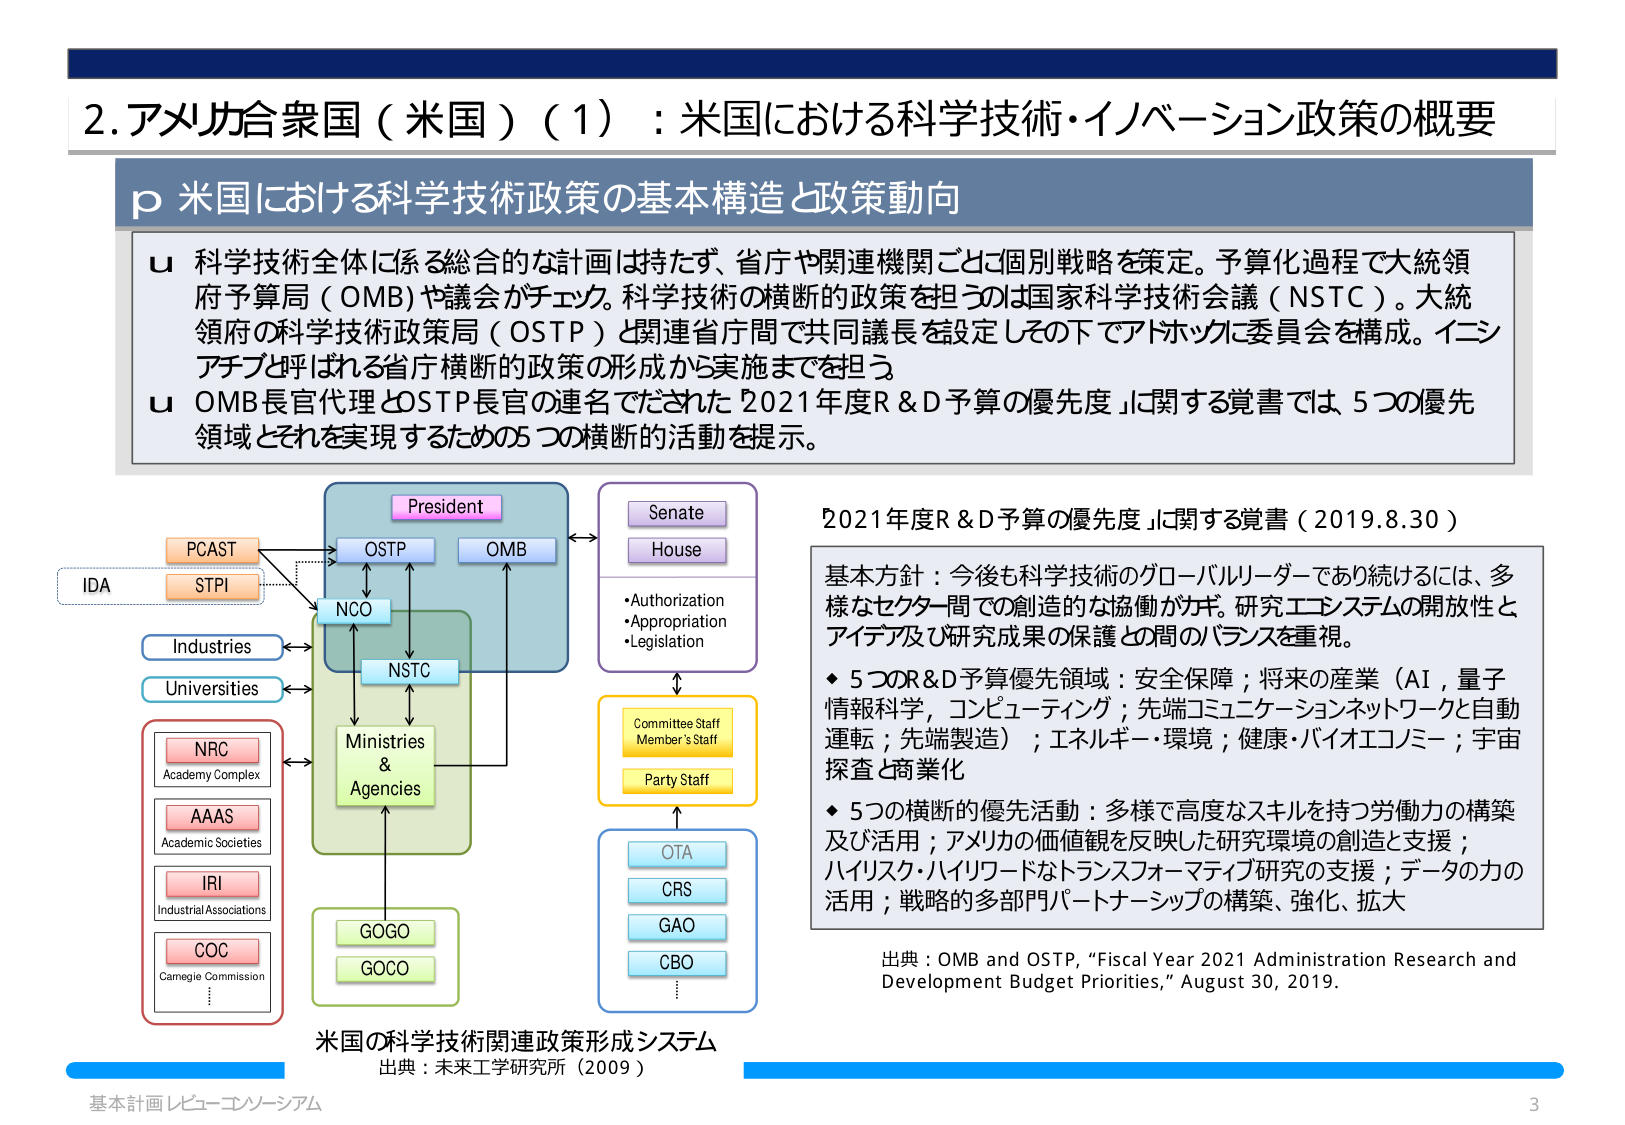
2. アメリカ合衆国（米国）（1）：米国における科学技術・イノベーション政策の概要

p 米国における科学技術政策の基本構造と政策動向

u 科学技術全体に係る総合的な計画は持たず、省庁や関連機関ごとに個別戦略を策定。予算化過程で大統領府予算局（OMB）や議会がチェック。科学技術の横断的政策を担うのは国家科学技術会議（NSTC）。大統領府の科学技術政策局（OSTP）と関連省庁間で共同議長を設定しその下でアドホックに委員会を構成。イニシアチブと呼ばれる省庁横断的政策の形成から実施までを担う。

u OMB長官代理とOSTP長官の連名でだされた「2021年度R＆D予算の優先度」に関する覚書では、5つの優先領域とそれを実現するための5つの横断的活動を提示。

President
OSTP
OMB
NCO
NSTC
Ministries & Agencies
GOGO
GOCO
PCAST
STPI
IDA
Industries
Universities
NRC
Academy Complex
AAAS
Academic Societies
IRI
Industrial Associations
COC
Carnegie Commission
Senate
House
•Authorization
•Appropriation
•Legislation
Committee Staff
Member’s Staff
Party Staff
OTA
CRS
GAO
CBO

米国の科学技術関連政策形成システム
出典：未来工学研究所（2009）

「2021年度R＆D予算の優先度」に関する覚書（2019.8.30）

基本方針：今後も科学技術のグローバルリーダーであり続けるには、多様なセクター間での創造的な協働が不可欠。研究エコシステムの開放性とアイデア及び研究成果の保護との間のバランスを重視。

◆ 5つのR＆D予算優先領域：安全保障；将来の産業（AI，量子情報科学，コンピューティング；先端コミュニケーションネットワークと自動運転；先端製造）；エネルギー・環境；健康・バイオエコノミー；宇宙探査と商業化

◆ 5つの横断的優先活動：多様で高度なスキルを持つ労働力の構築及び活用；アメリカの価値観を反映した研究環境の創造と支援；ハイリスク・ハイリワードなトランスフォーマティブ研究の支援；データの力の活用；戦略的多部門パートナーシップの構築、強化、拡大

出典：OMB and OSTP, “Fiscal Year 2021 Administration Research and Development Budget Priorities,” August 30, 2019.

基本計画レビュー・コンソーシアム
3